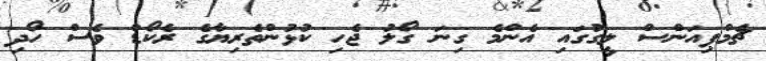
ޗެމްޕިއަންސް ލީގުގައި އެންމެ ގިނަ ގޯލު ޖެހި ކުޅުންތެރިޔާގެ ރެކޯޑް ވެސް ހޯދި